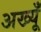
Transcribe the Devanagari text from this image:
अख्यूँ